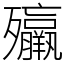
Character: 㱻